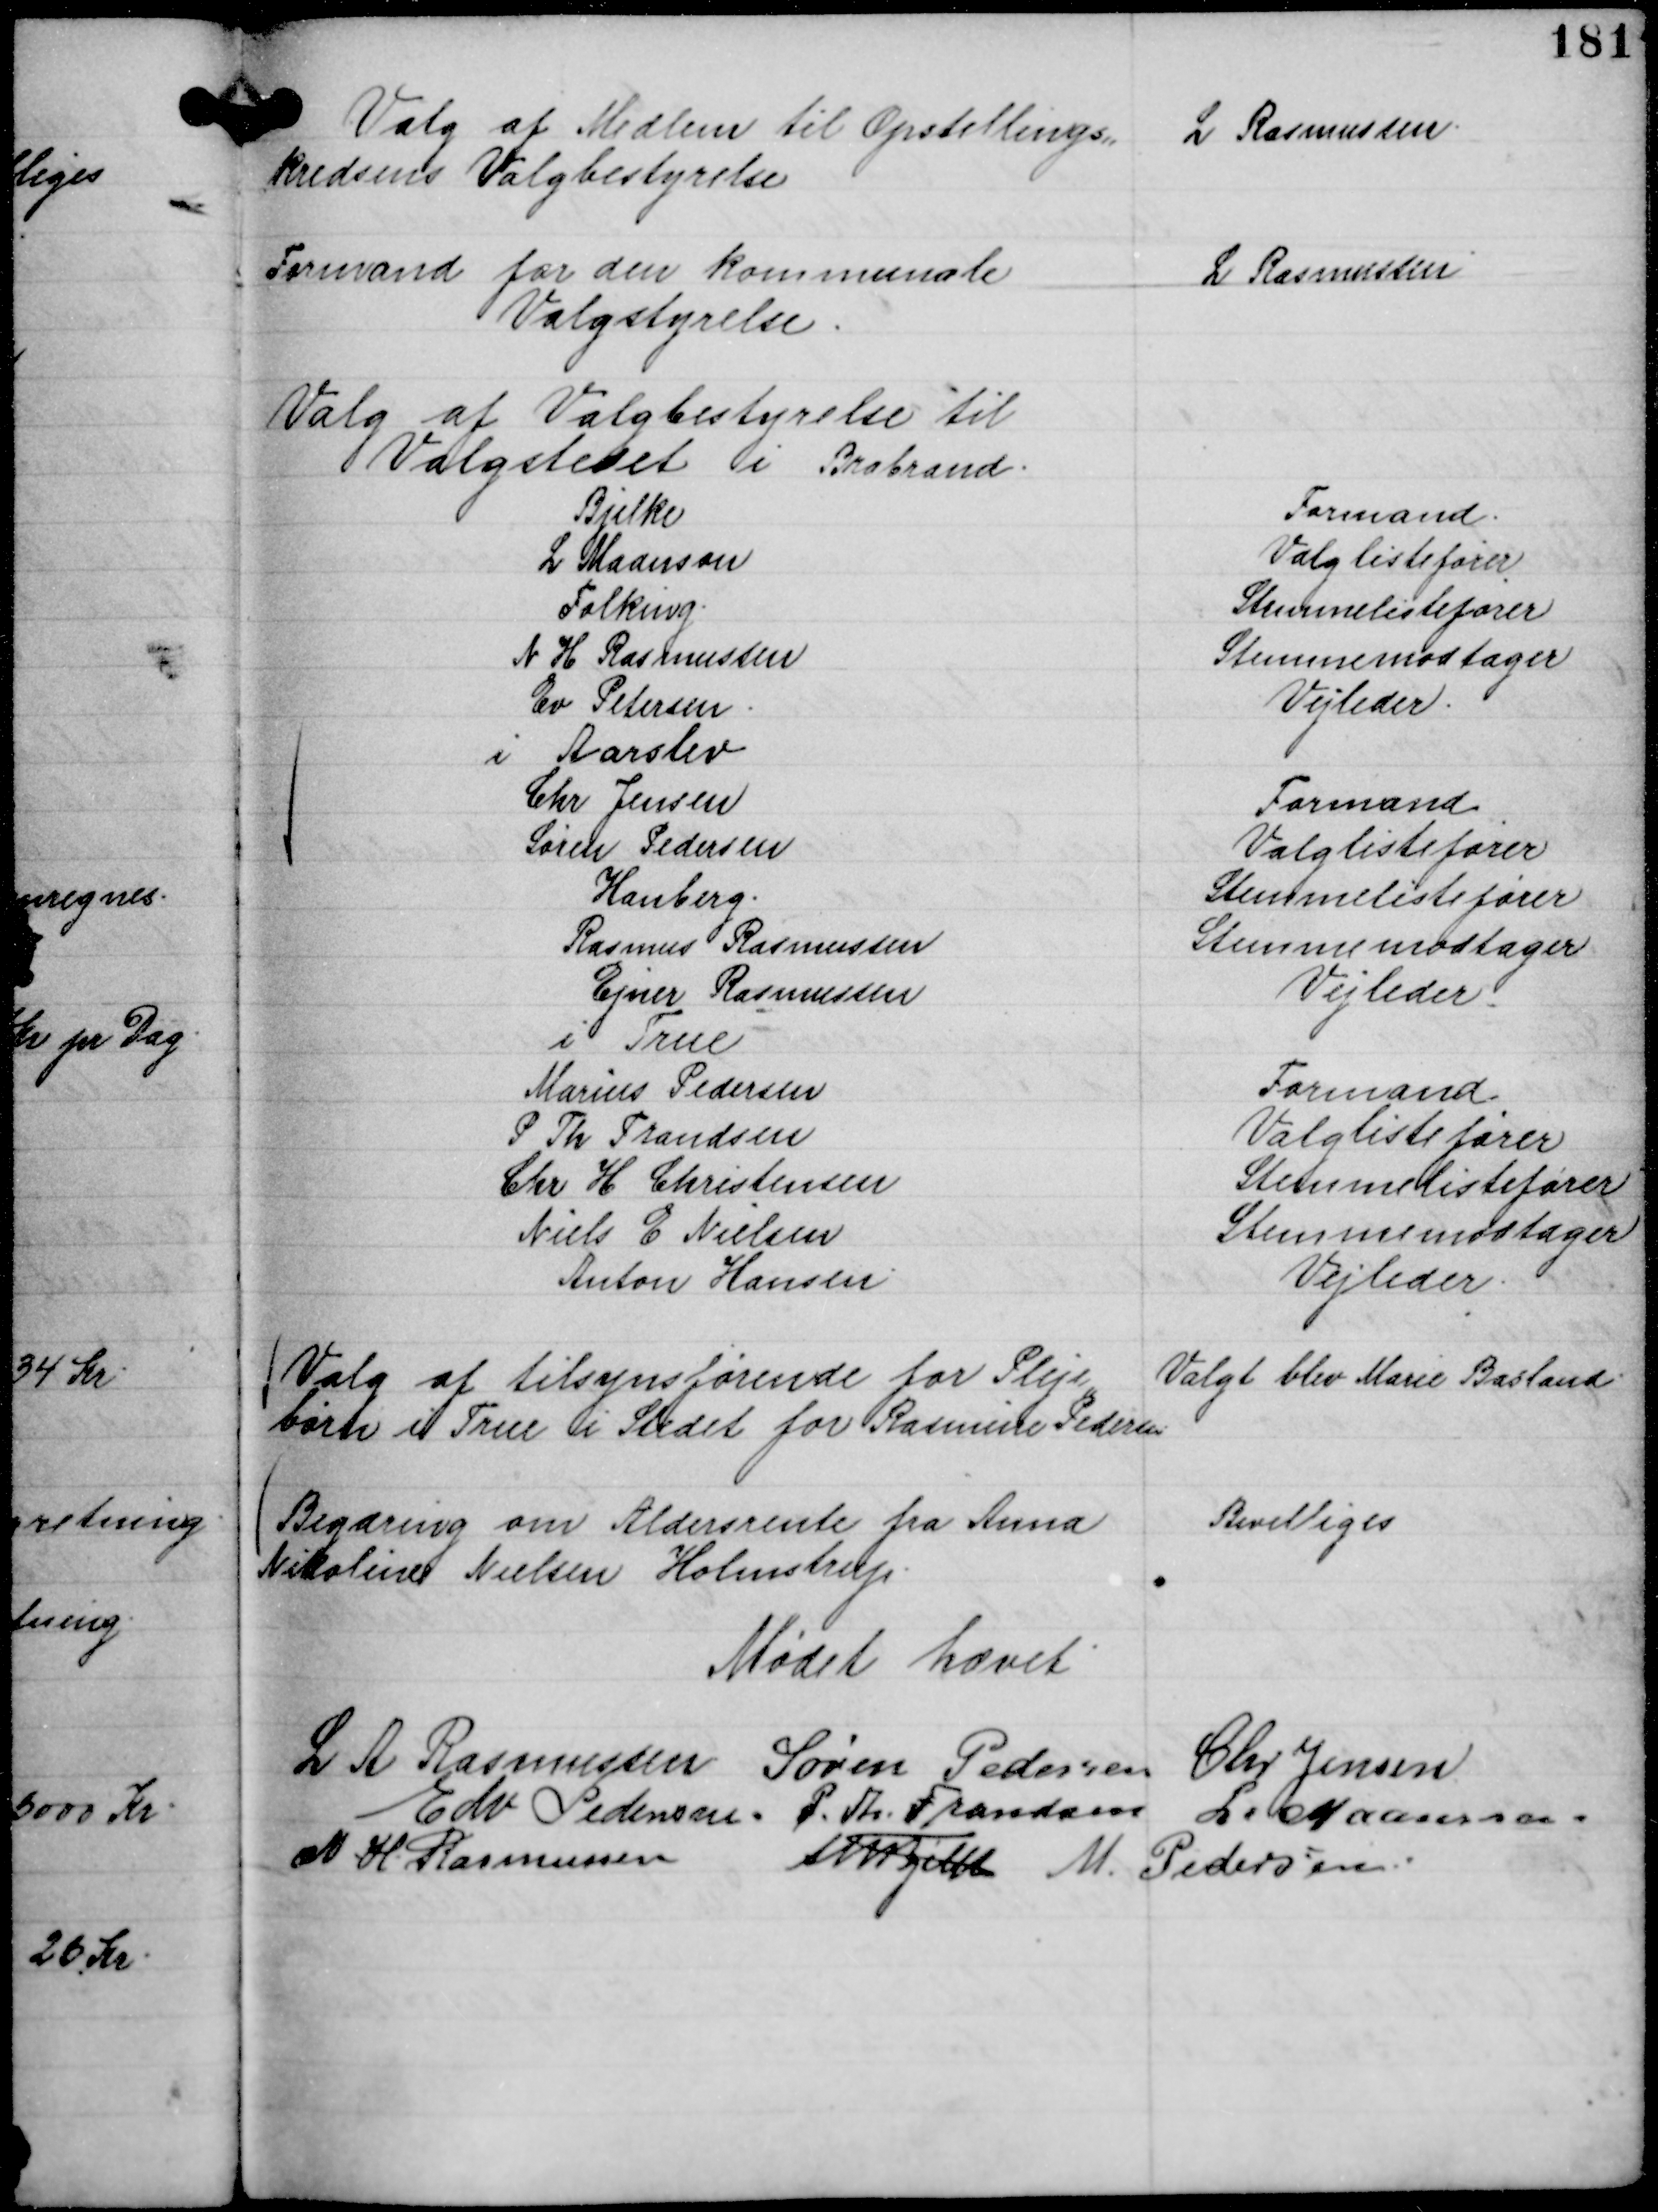
Transskription:
Valg af Medlem til Opstillings,,
kredsens Valgbestyrelse

L Rasmussen.

Formand for den kommunale
Valgstyrelse.

L Rasmussen

Valg af Valgbestyrelse til
Valgstedet i Brabrand.
Bjelke
Formand.
L Maanson
Valglistefører
Folking.
Stemmelistefører
N H Rasmussen
Stemmemodtager
Ev Petersen.
Vejleder.
i Aarslev
Chr Jensen
Formand
Søren Pedersen
Valglistefører
Hanberg.
Stemmelistefører
Rasmus Rasmussen
Stemmemodtager
Ejner Rasmussen
Vejleder
i True
Marius Pedersen
Formand
P Th Frandsen
Valglistefører
Chr H Christensen
Stemmelistefører
Niels E Nielsen
Stemmemodtager
Anton Hansen.
Vejleder.

Valg af tilsynsførende for Pleje,,
børn i True i Stedet for Rasmine Pedersen

Valgt blev Marie Basland.

Begæring om Aldersrente fra Anna
Nikoline Nielsen Holmstrup.

Bevilliges

Mødet hævet
L A Rasmussen
Søren Pedersen
Chr Jensen
Edv Pedersen.
P. Th. Frandsen
L. Maansson.
N H. Rasmussen
Th Bjelke
M. Pedersen.